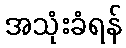
အသုံးခံရန်